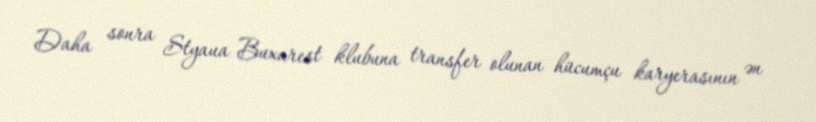
Daha sonra Styaua Buxarest klubuna transfer olunan hücumçu karyerasının ən